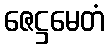
ဇေဋ္ဌမေတံ